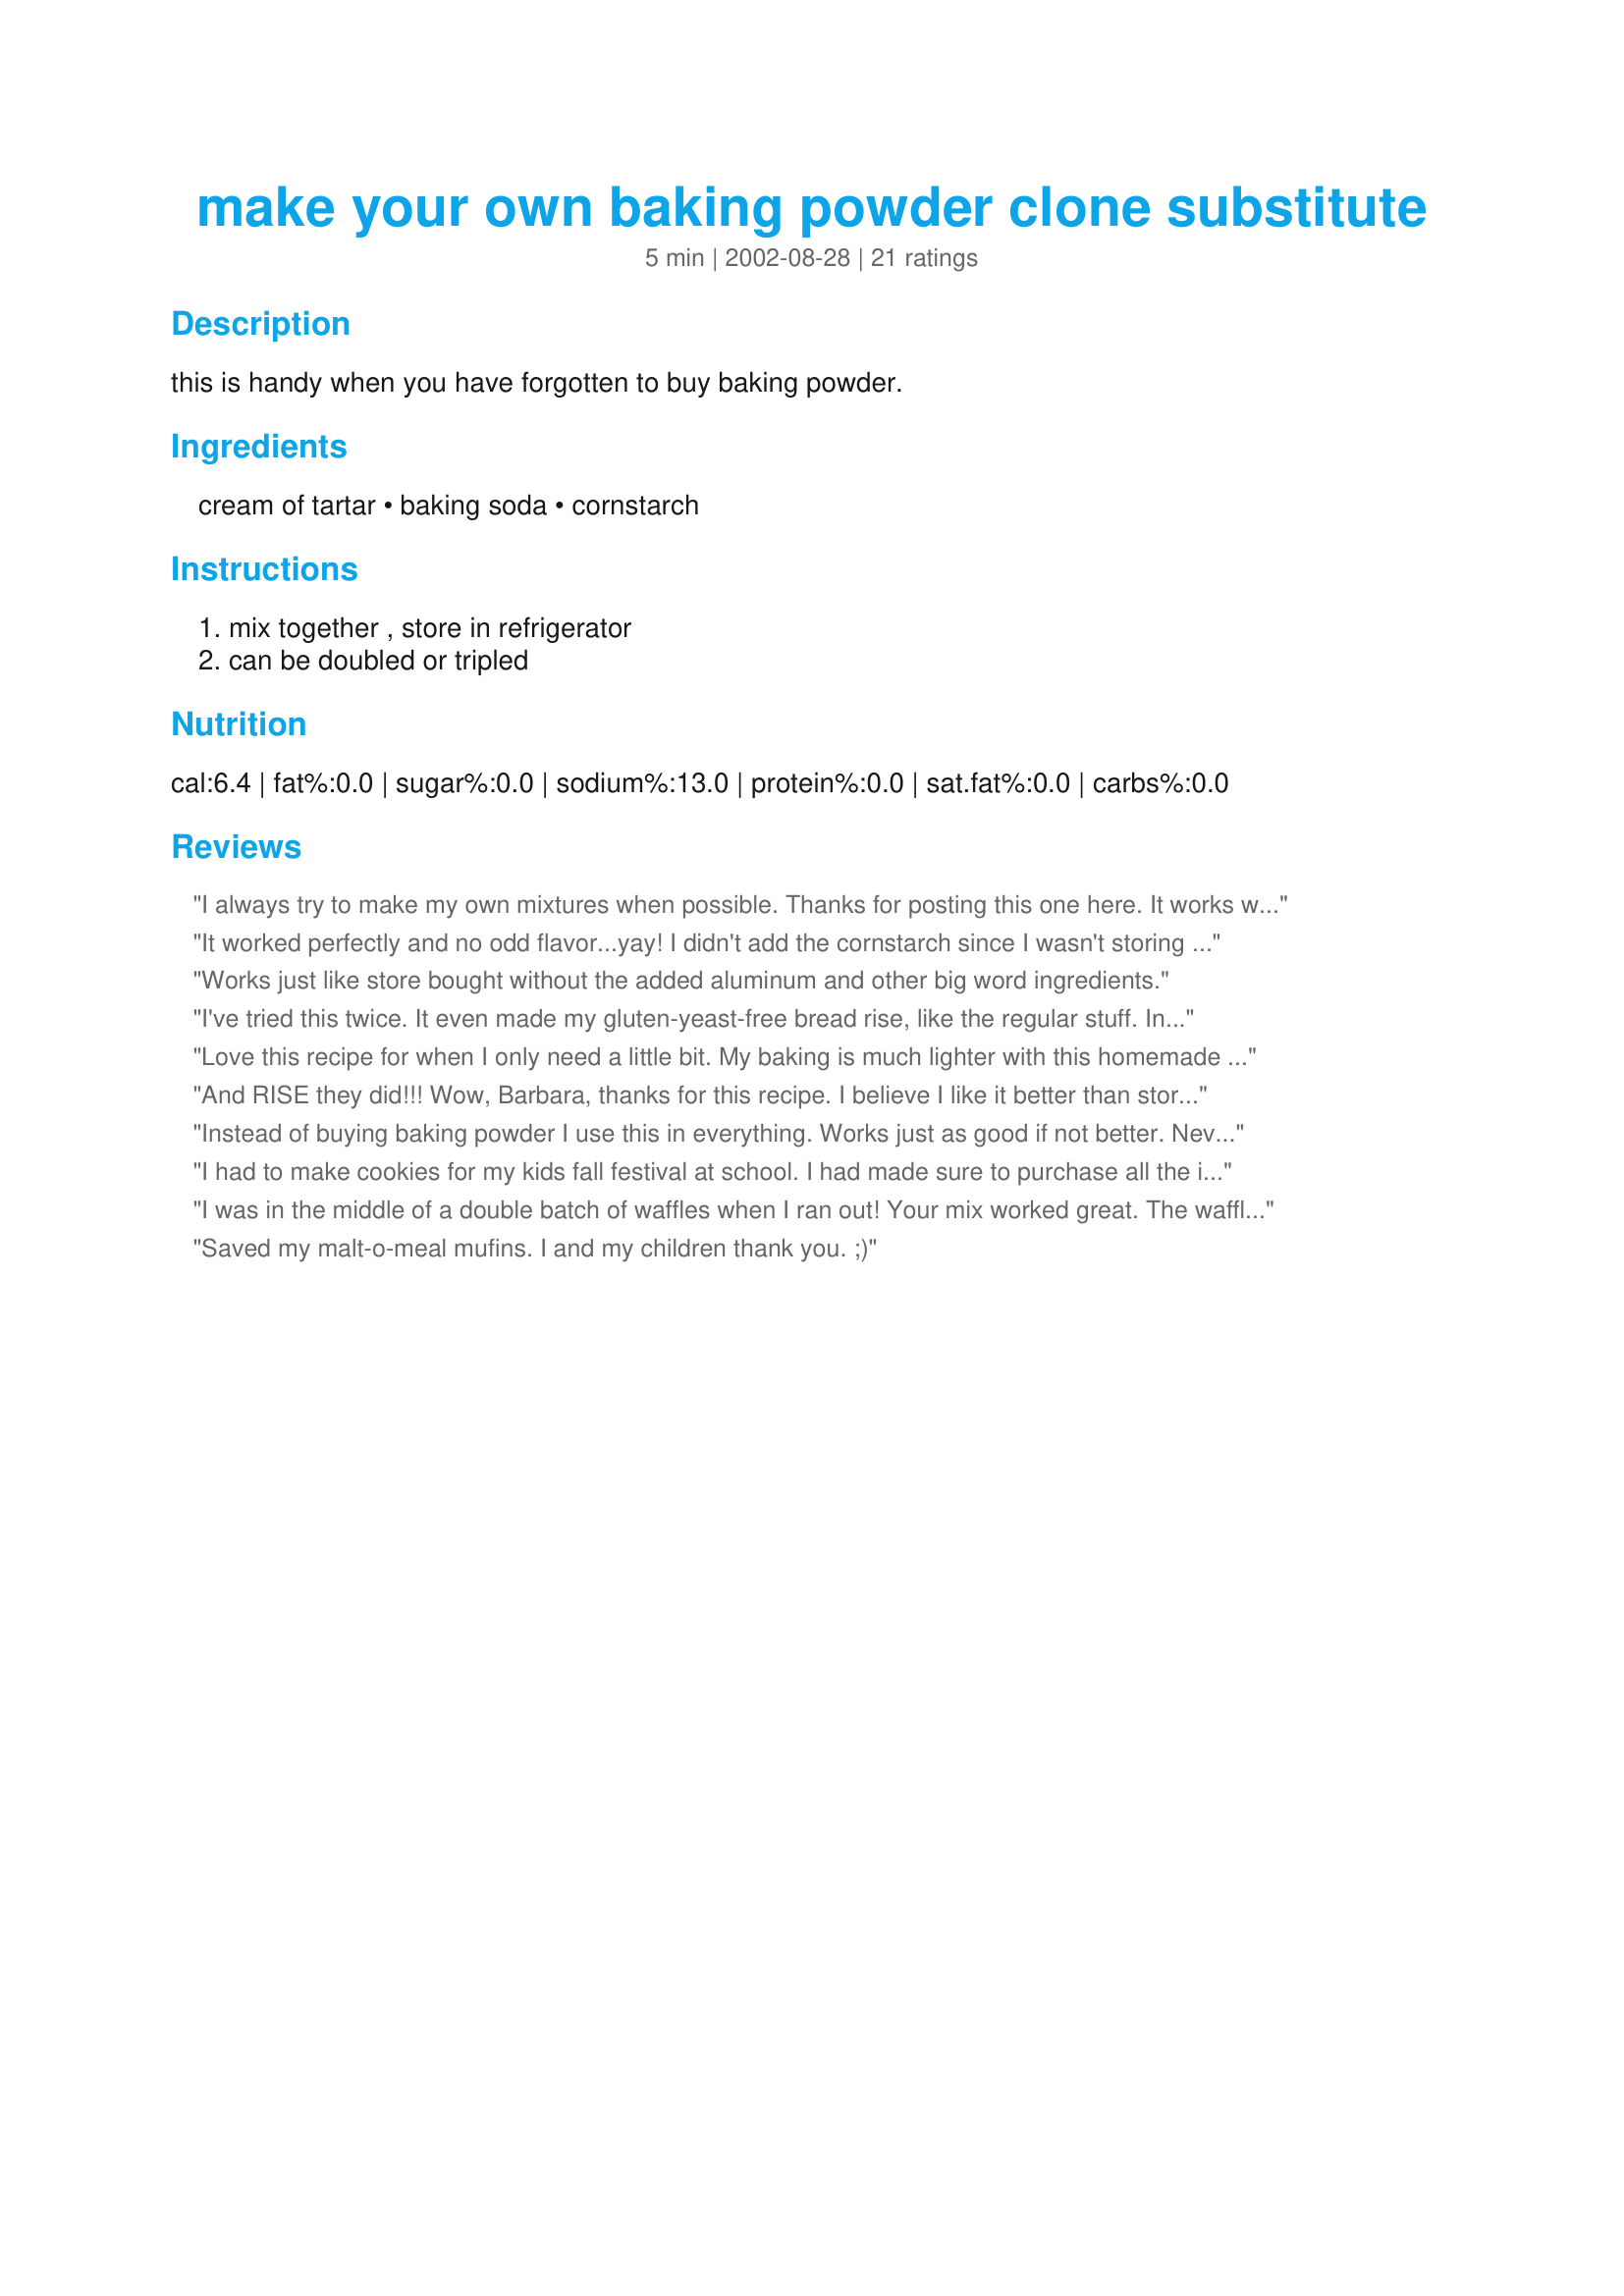
make your own baking powder clone substitute
Preparation time: 5 minutes

this is handy when you have forgotten to buy baking powder.

Ingredients:
cream of tartar, baking soda, cornstarch

Steps:
mix together , store in refrigerator, can be doubled or tripled

Reviews:
I always try to make my own mixtures when possible. Thanks for posting this one here. It works well, and replaces Rumsford on my shopping list.
It worked perfectly and no odd flavor...yay! I didn't add the cornstarch since I wasn't storing the baking powder. My recipe called for 1 tsp of baking powder and I added 1/2 tsp cream of tartar and 1/4 tsp baking soda directly to my flour and stirred. The banana muffins turned out wonderfully--they were light and delicious.
Works just like store bought without the added aluminum and other big word ingredients.
I've tried this twice. It even made my gluten-yeast-free bread rise, like the regular stuff. Instead of cornstarch, I used arrowroot powder.
Love this recipe for when I only need a little bit. My baking is much lighter with this homemade baking powder. The cornstarch is a must for me since the powder seems to clump without it. Thank you for this healthy choice!
And RISE they did!!! Wow, Barbara, thanks for this recipe. I believe I like it better than store bought.
Instead of buying baking powder I use this in everything. Works just as good if not better. Never had any issues. Thanks for the recipe Dancer!
I had to make cookies for my kids fall festival at school. I had made sure to purchase all the ingredients, except baking powder. Thank you. This recipe allowed me to get the cookies made without another trip to the store.
I was in the middle of a double batch of waffles when I ran out! Your mix worked great. The waffles turned out exactly the same as usual.

Roxygirl in Colo.
Saved my malt-o-meal mufins. I and my children thank you. ;)
This is better for you than the store bought kind. This recipe does not have aluminum in it which many of the store bought kind do.
Worked great, thanks for the recipe.
I made pot pie tonight with a biscuit crust that calls for baking powder. I completely forgot i was out. Did a search here and up came this recipe. Thanks much for saving dinner...worked like a charm. :)
Thank you! I was baking and had none, thought that's it, gotta stop what I'm doing... WAIT NO I think I remember a fellow zaar posting BAKING POWDER! Thank you again Dancer!
This was great! I was in the middle of baking brownies and discovered that I had no baking powder....remembered seeing a recipe here at Zaar and tried this one. Thank you so much for saving my day!
What Peaceful Solution said. I quadrupled it and it worked very well during my 7 cakes and 2 brownies baking spree. It takes less than a minute to put together.
This is great! I was in the middle of making muffins when I realized I was out. And they rose more than usual! I'm going to keep this recipe around. :)
Thank you for posting this. I had found it elsewhere and have been using it for a while. I'm corn sensitive so I use different replacements such as tapioca, potato or rice flour. I make up enough to refill my old baking powder container. I should also mention that I haven't bothered to refrigerate it and haven't noticed any problems.
Great recipe to keep on hand. I used this in Recipe #80852 and they turned out perfectly. Made for Diabetic Cooking Tag Game.
This is a nice recipe. Thanks for postimg.
Thank you sooo sooo much! What a waste my banana bread would have been without this!!
